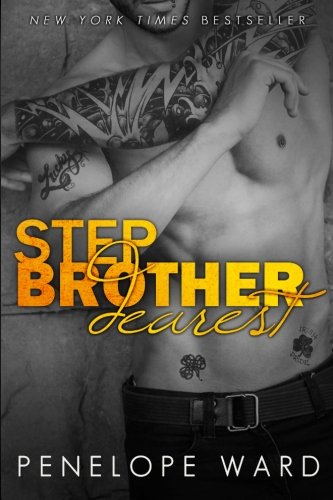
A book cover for Stepbrother Dearest; Penelope Ward; Romance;